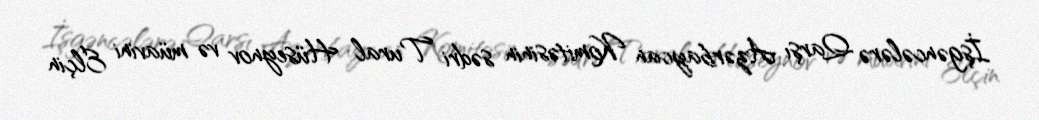
İşgəncələrə Qarşı Azərbaycan Komitəsinin sədri Tural Hüseynov və müavini Elçin